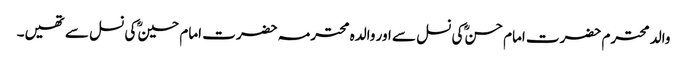
والد محترم حضرت امام حسنؓ کی نسل سے اور والدہ محترمہ حضرت امام حسینؓ کی نسل سے تھیں۔